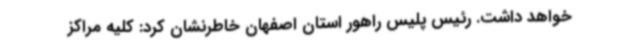
خواهد داشت. رئیس پلیس راهور استان اصفهان خاطرنشان کرد: کلیه مراکز